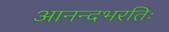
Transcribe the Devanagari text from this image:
आनन्दभरतिः